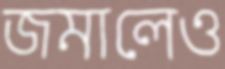
জমালেও